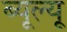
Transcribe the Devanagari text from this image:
ब्यूल्यू